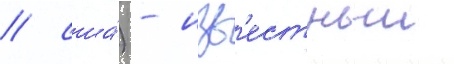
/ сша́) - изв'естныи